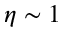
\eta \sim 1